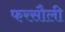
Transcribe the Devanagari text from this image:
फरसौली